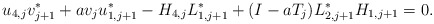
\begin{align*} u_{4,j}v_{j+1}^* + av_j u_{1,j+1}^* -H_{4,j}L_{1,j+1}^*+(I-aT_j)L_{2,j+1}^*H_{1,j+1}=0. \end{align*}